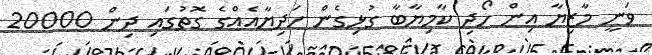
ވަނީ މާޒިޔާ އިން ހޯދި ކާމިޔާބާ ގުޅިގެން ހަދިޔާއެއްގެ ގޮތުގައި ދިން 20000